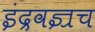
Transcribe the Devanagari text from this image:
इंद्रवज्रच